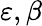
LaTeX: \varepsilon,\beta